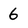
Character: 6